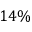
1 4 \%